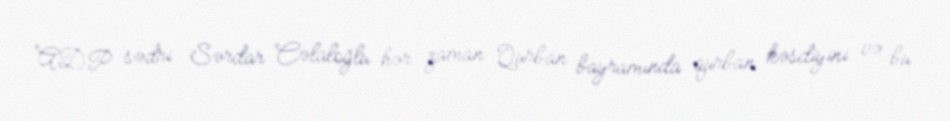
ADP sədri Sərdar Cəlaloğlu hər zaman Qurban bayramında qurban kəsdiyini və bu